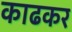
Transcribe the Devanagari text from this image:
काढकर